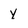
Character: y